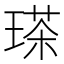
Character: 𤨓